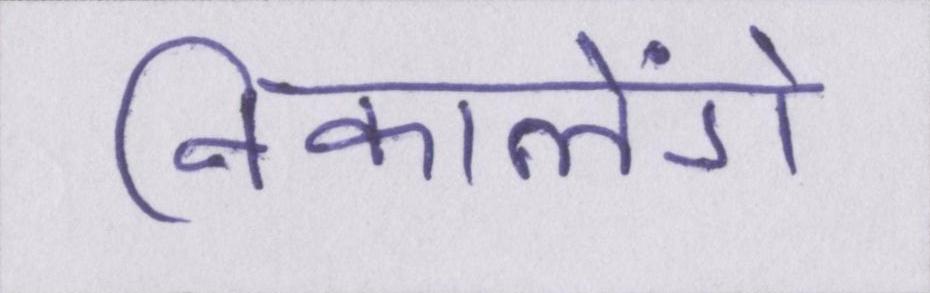
निकालेंगे